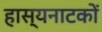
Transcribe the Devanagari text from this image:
हास्यनाटकों